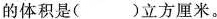
的体积是()立方厘米。